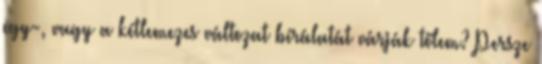
egy-, vagy a kétlemezes változat bírálatát várják tőlem? Persze